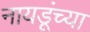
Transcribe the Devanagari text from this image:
नायडूंच्या